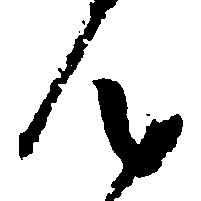
ん